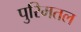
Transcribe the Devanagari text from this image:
पुरिमतल